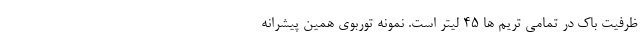
ظرفیت باک در تمامی تریم ها 45 لیتر است. نمونه توربوی همین پیشرانه